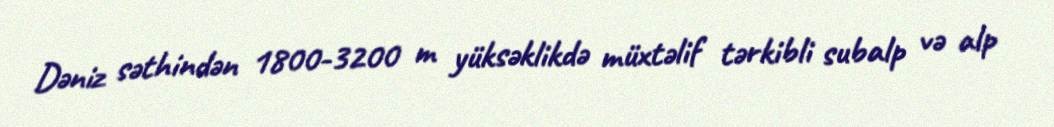
Dəniz səthindən 1800-3200 m yüksəklikdə müxtəlif tərkibli subalp və alp